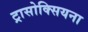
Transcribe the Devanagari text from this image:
ट्रासोक्सियना